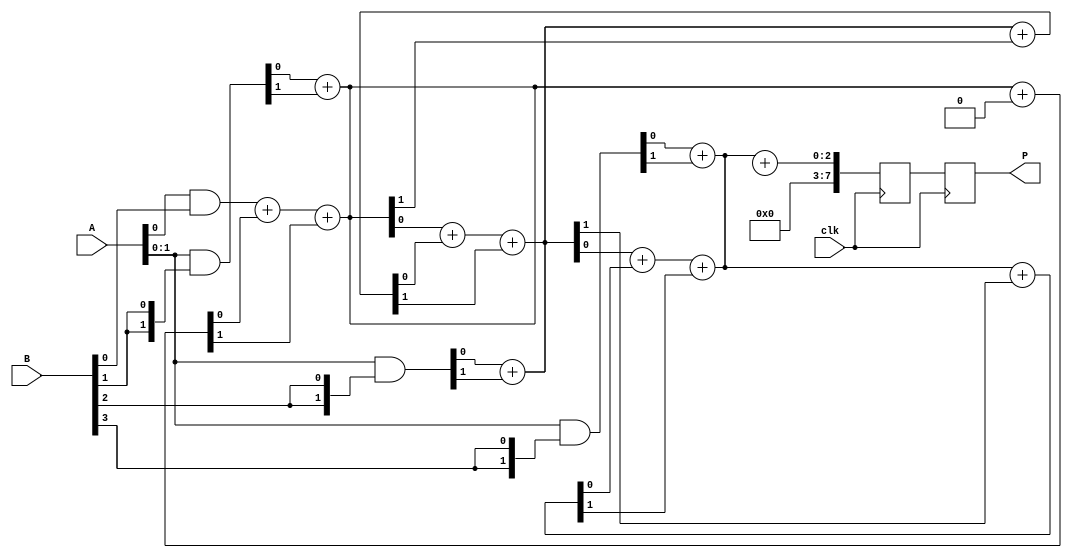
module wallace_tree_multiplier #(parameter N = 4) (
    input wire clk,
    input wire [N-1:0] A,
    input wire [N-1:0] B,
    output reg [2*N-1:0] P
);

    // Partial Products
    wire [N-1:0] pp [N-1:0]; // Partial products array

    genvar i;
    generate
        for (i = 0; i < N; i = i + 1) begin : pp_gen
            assign pp[i] = A & {N{B[i]}};
        end
    endgenerate

    // Intermediate wires for Wallace Tree
    wire [N:0] sum [N:0]; // Sums at each stage
    wire [N:0] carry [N:0]; // Carries at each stage

    // Stage 1: Combine partial products using Half Adders and Full Adders
    genvar j;
    generate
        for (j = 0; j < N; j = j + 1) begin : stage1
            if (j == 0) begin
                assign sum[j][0] = pp[j][0];
                assign carry[j][0] = 1'b0; // No carry in the first stage
            end else begin
                assign {carry[j][0], sum[j][0]} = pp[j][0] + pp[j][1];
            end
            // Continue combining the rest of the bits
            if (j < N-1) begin
                assign {carry[j][1], sum[j][1]} = pp[j+1][0] + pp[j+1][1] + carry[j][0];
            end
        end
    endgenerate

    // Stage 2: Further reduction of sums and carries
    // This is a simplified version and may need further stages for larger N
    generate
        for (j = 0; j < N; j = j + 1) begin : stage2
            if (j < N-1) begin
                assign {carry[j+1][0], sum[j+1][0]} = sum[j][0] + sum[j][1] + carry[j][1];
            end
        end
    endgenerate

    // Final addition to get the product
    reg [2*N-1:0] intermediate_product;

    always @(posedge clk) begin
        // Combine final sums and carry
        intermediate_product <= {carry[N-1][0], sum[N-1][0]} + {1'b0, sum[N-1][1]};
        P <= intermediate_product;
    end

endmodule